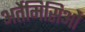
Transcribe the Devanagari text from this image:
अर्तेमिसिओं